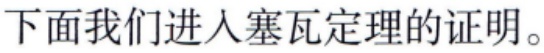
下面我们进入塞瓦定理的证明。